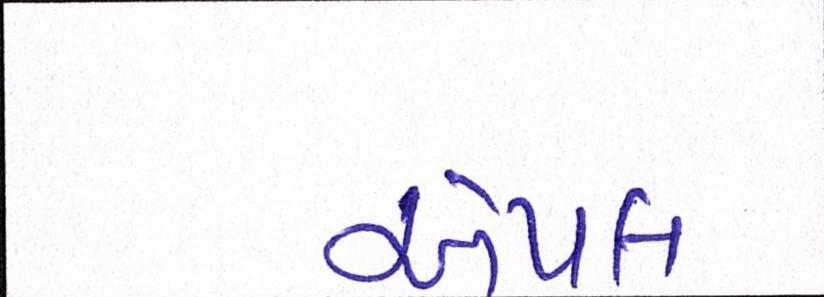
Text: એપલ